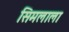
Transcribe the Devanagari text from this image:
सिमलाला